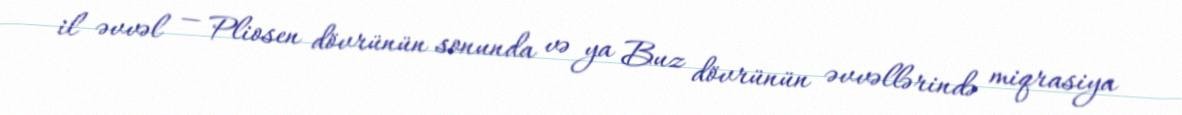
il əvvəl — Pliosen dövrünün sonunda və ya Buz dövrünün əvvəllərində miqrasiya